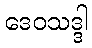
ဒေဝသဒ္ဒါ